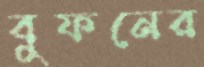
বুফনের